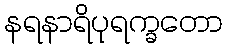
နရနာရိပုရက္ခတော